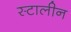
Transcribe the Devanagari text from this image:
स्टालीन